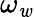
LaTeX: \omega_{\mathit{w}}